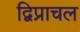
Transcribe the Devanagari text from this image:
द्विप्राचल